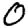
Digit: 0